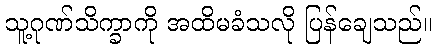
သူ့ဂုဏ်သိက္ခာကို အထိမခံသလို ပြန်ချေသည်။